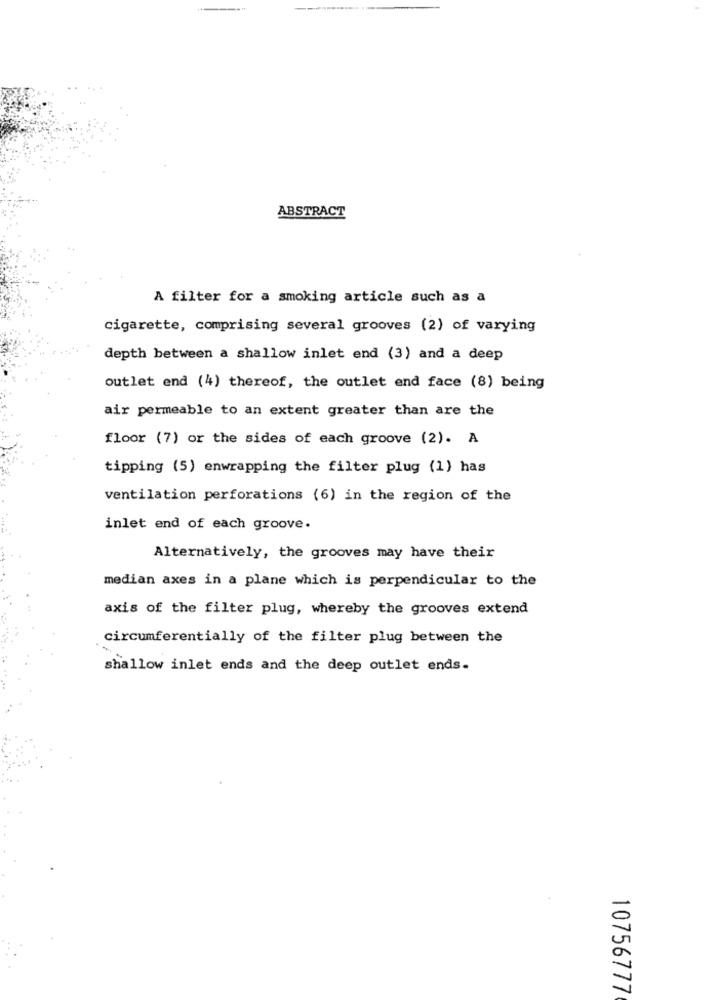
ABSTRACT
A filter for a smoking article such as a
cigarette, comprising several grooves (2) of varying
depth between a shallow inlet end (3) and a deep
outlet end (4) thereof, the outlet end face (8) being
air permeable to an extent greater than are the
floor (7) or the sides of each groove (2). A
tipping (5) enwrapping the filter plug (1) has
ventilation perforations (6) in the region of the
inlet end of each groove.
Alternatively, the grooves may have their
median axes in a plane which is perpendicular to the
axis of the filter plug, whereby the grooves extend
circumferentially of the filter plug between the
shallow inlet ends and the deep outlet ends.
10756777